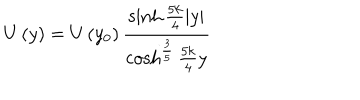
LaTeX: U \left( y \right) = U \left( y _ { 0 } \right) \frac { \sinh \frac { 5 k } { 4 } \left| y \right| } { \cosh ^ { \frac { 3 } { 5 } } \frac { 5 k } { 4 } y }